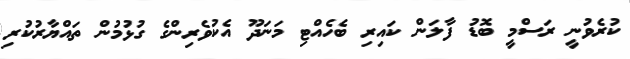
ކުރެވުނީ ރަސްމީ ބޮޑު ފާލަން ކައިރި ބެހެއްޓި މަނަދޫ އެކުވެރިންގެ ގުޅުމުން ތައްޔާރުކުރި